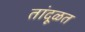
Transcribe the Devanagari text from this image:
तांदूळत